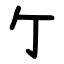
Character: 亇